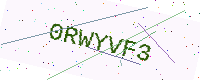
Text: 0RWYVF3